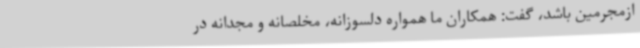
ازمجرمین باشد، گفت: همکاران ما همواره دلسوزانه، مخلصانه و مجدانه در